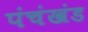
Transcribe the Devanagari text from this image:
पंचंखंड